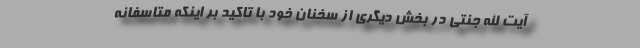
آیت الله جنتی در بخش دیگری از سخنان خود با تاکید بر اینکه متاسفانه